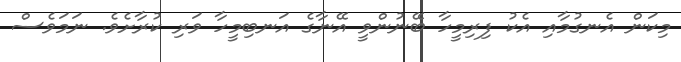
މިކަން އެނގުމާއި އެކު ފިރިމީހާ ބޭނުންވީ އޭނާގެ އަނބިމީހާ ވަރި ކުރާށެވެ. ނަމަވެސް